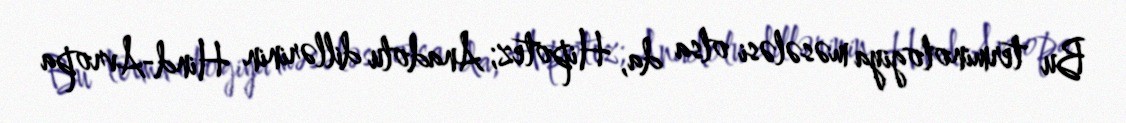
Bu terminologiya məsələsi olsa da, Hipotez; Anadolu dillərinin Hind-Avropa